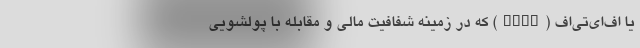
یا اف‌ای‌تی‌اف (FATF) که در زمینه شفافیت مالی و مقابله با پولشویی